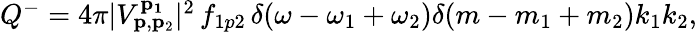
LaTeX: \begin{array}{r}{Q^{-}=4\pi|V_{\mathbf{p},\mathbf{p}_{2}}^{\mathbf{p_{1}}}|^{2}\, f_{1p2}\, \delta(\omega-\omega_{1}+\omega_{2})\delta(m-m_{1}+m_{2})k_{1}k_{2},}\end{array}